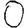
Digit: 0